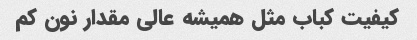
کیفیت کباب مثل همیشه عالی مقدار نون کم